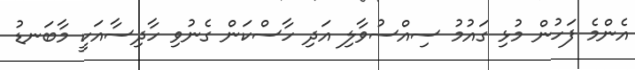
އެންމެ ފަހުން މުޅި ގައުމު ސިއްސުވާލި އަދި ހާސްކަން ގެނުވި ހާދިސާއަކީ މާބަނޑު